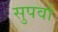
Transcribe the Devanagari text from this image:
सुपर्वा